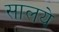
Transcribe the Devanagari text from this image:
सालये